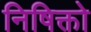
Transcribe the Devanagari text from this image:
निषिक्तो